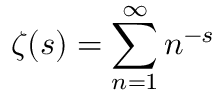
\zeta ( s ) = \sum _ { n = 1 } ^ { \infty } n ^ { - s }